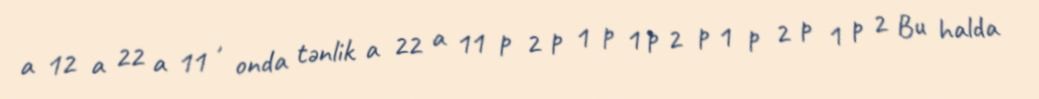
a 12 a 22 a 11 , onda tənlik a 22 a 11 p 2 p 1 p 1 p 2 p 1 p 2 p 1 p 2 Bu halda